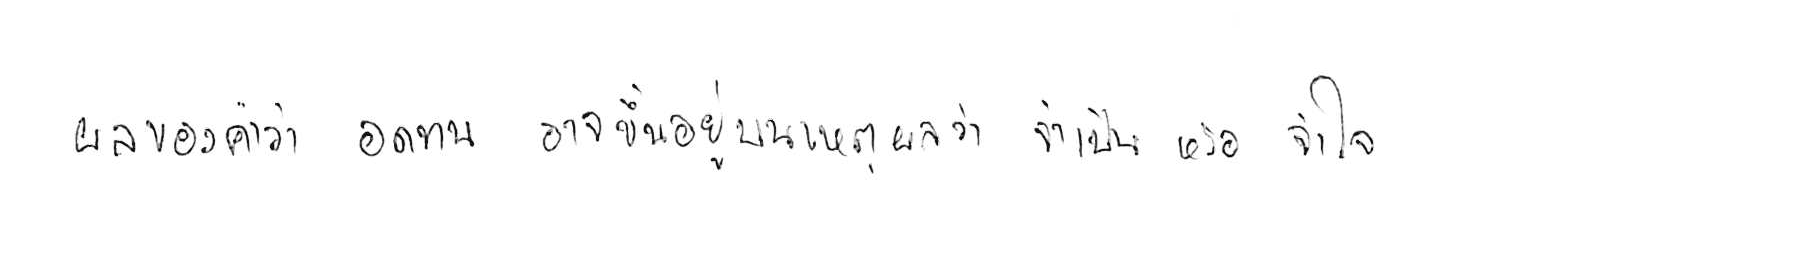
ผลของคำว่า อดทน อาจขึ้นอยู่บนเหตุผลว่า จำเป็น หรือ จำใจ